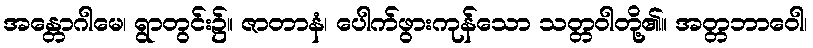
အန္တောဂါမေ၊ ရွာတွင်း၌။ ဇာတာနံ၊ ပေါက်ဖွားကုန်သော သတ္တဝါတို့၏။ အတ္တဘာဝေါ၊